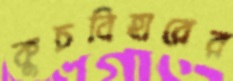
কুচবিহারের